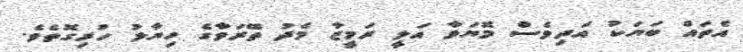
އެތައް ބަޔަކު އަދިވެސް މޮޔަވާ އަލީ ރަމީޒާ މެދު ތޭރަވާގެ ހިޔާލު ހުރިގޮތެވެ.